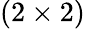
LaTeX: (2\times 2)